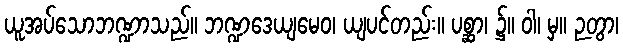
ယူအပ်သောဘဏ္ဍာသည်။ ဘဏ္ဍဒေယျမေဝ၊ ယျပင်တည်း။ ပစ္ဆာ၊ ၌။ ဝါ၊ မှ။ ဉတွာ၊